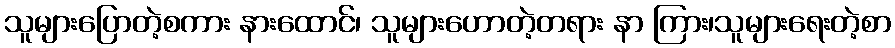
သူများပြောတဲ့စကား နားထောင်၊ သူများဟောတဲ့တရား နာ ကြား၊သူများရေးတဲ့စာ